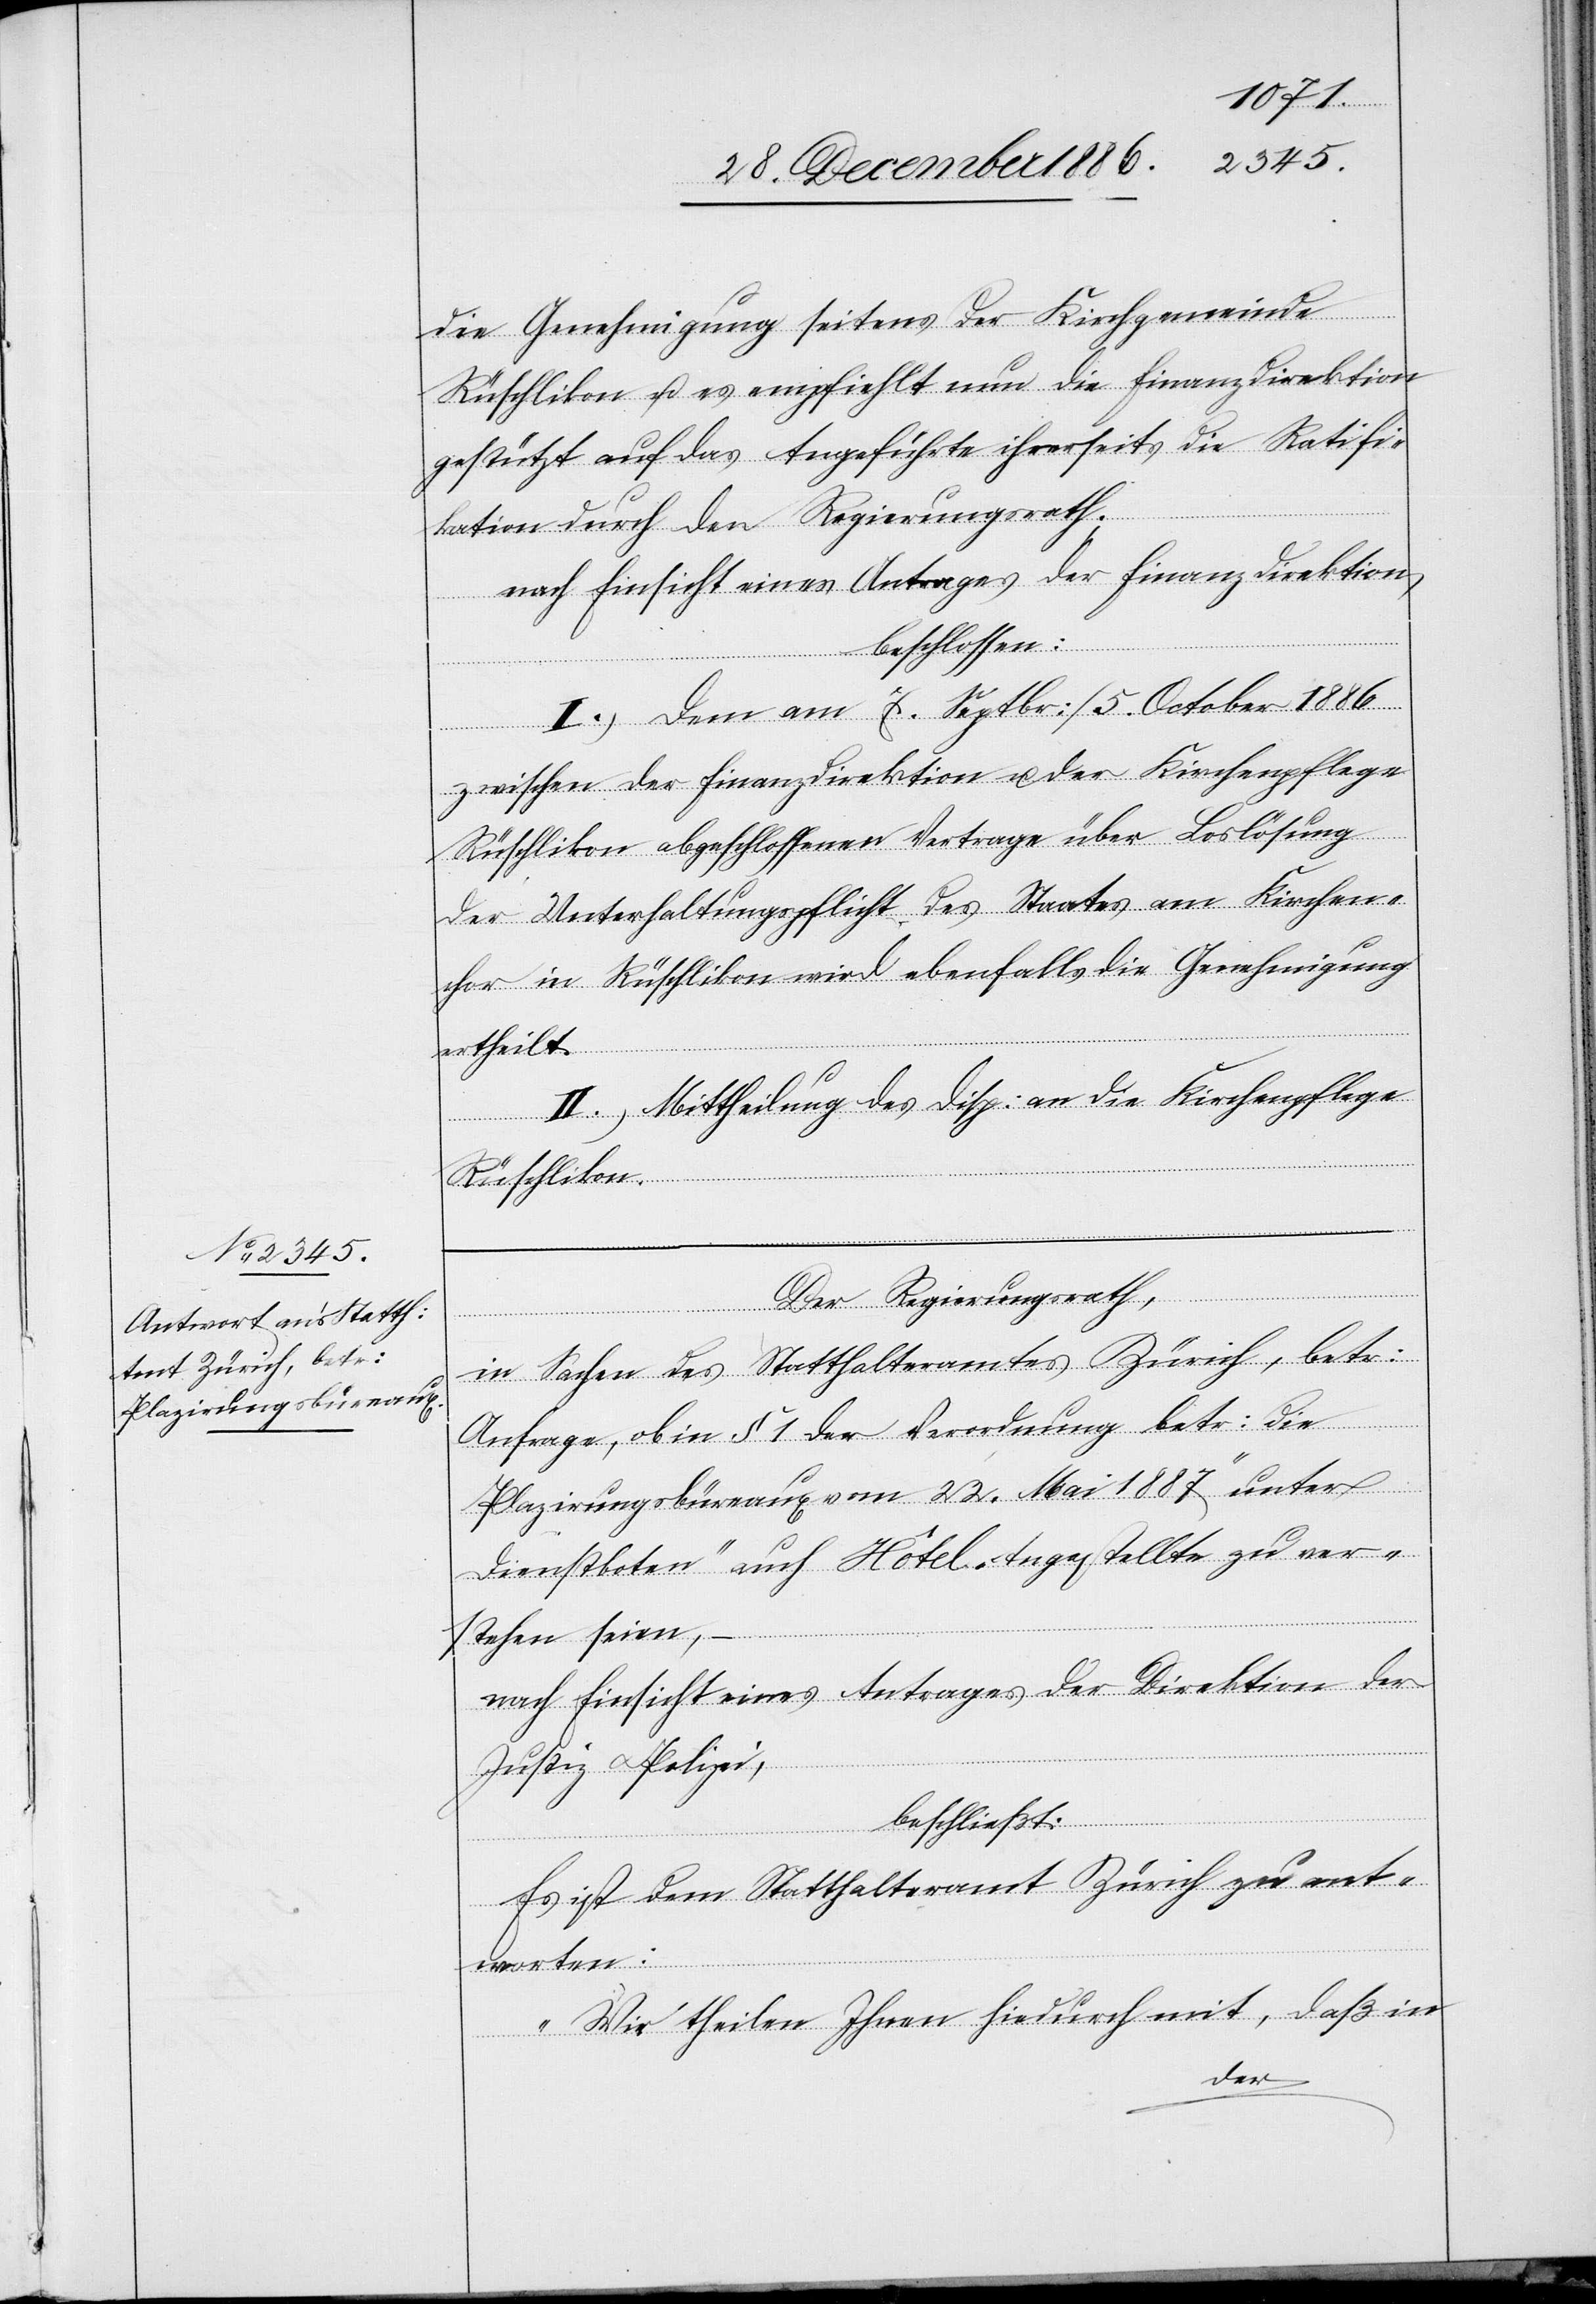
die Genehmigung seitens der Kirchgemeinde
Rüschlikon u. es empfiehlt nun die Finanzdirektion
gestützt auf das Angeführte ihrerseits die Ratifi¬
kation durch den Regierungsrath.
nach Einsicht eines Antrages der Finanzdirektion,
beschlossen:
I.) Dem am 7. Septbr:/5. October 1886
zwischen der Finanzdirektion u. der Kirchenpflege
Rüschlikon abgeschlossenen Vertrage über Loslösung
der Unterhaltungspflicht des Staates am Kirchen¬
chor in Rüschlikon wird ebenfalls die Genehmigung
ertheilt.
II.) Mittheilung des Disp: an die Kirchenpflege
Rüschlikon.
Der Regierungsrath,
in Sachen des Statthalteramtes Zürich, betr:
Anfrage, ob in § 1 der Verordnung betr: die
Plazirungsbüreaux vom 22. Mai 1887 „unter
Dienstboten“ auch Hôtel-Angestellte zu ver¬
stehen seien,
nach Einsicht eines Antrages der Direktion der
Justiz & Polizei,
beschließt:
Es ist dem Statthalteramt Zürich zu ant¬
worten:
„Wir theilen Ihnen hiedurch mit, daß in
der